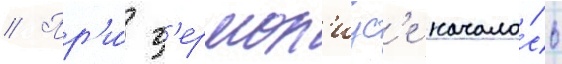
// Пр'и́ г'ермон'иус'е начало́сь